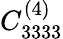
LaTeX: C_{3333}^{(4)}